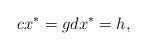
LaTeX: \begin{gather*}cx^{*}=g dx^{*}=h,\end{gather*}